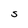
Character: S